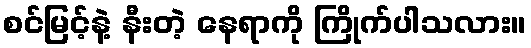
စင်မြင့်နဲ့ နီးတဲ့ နေရာကို ကြိုက်ပါသလား။